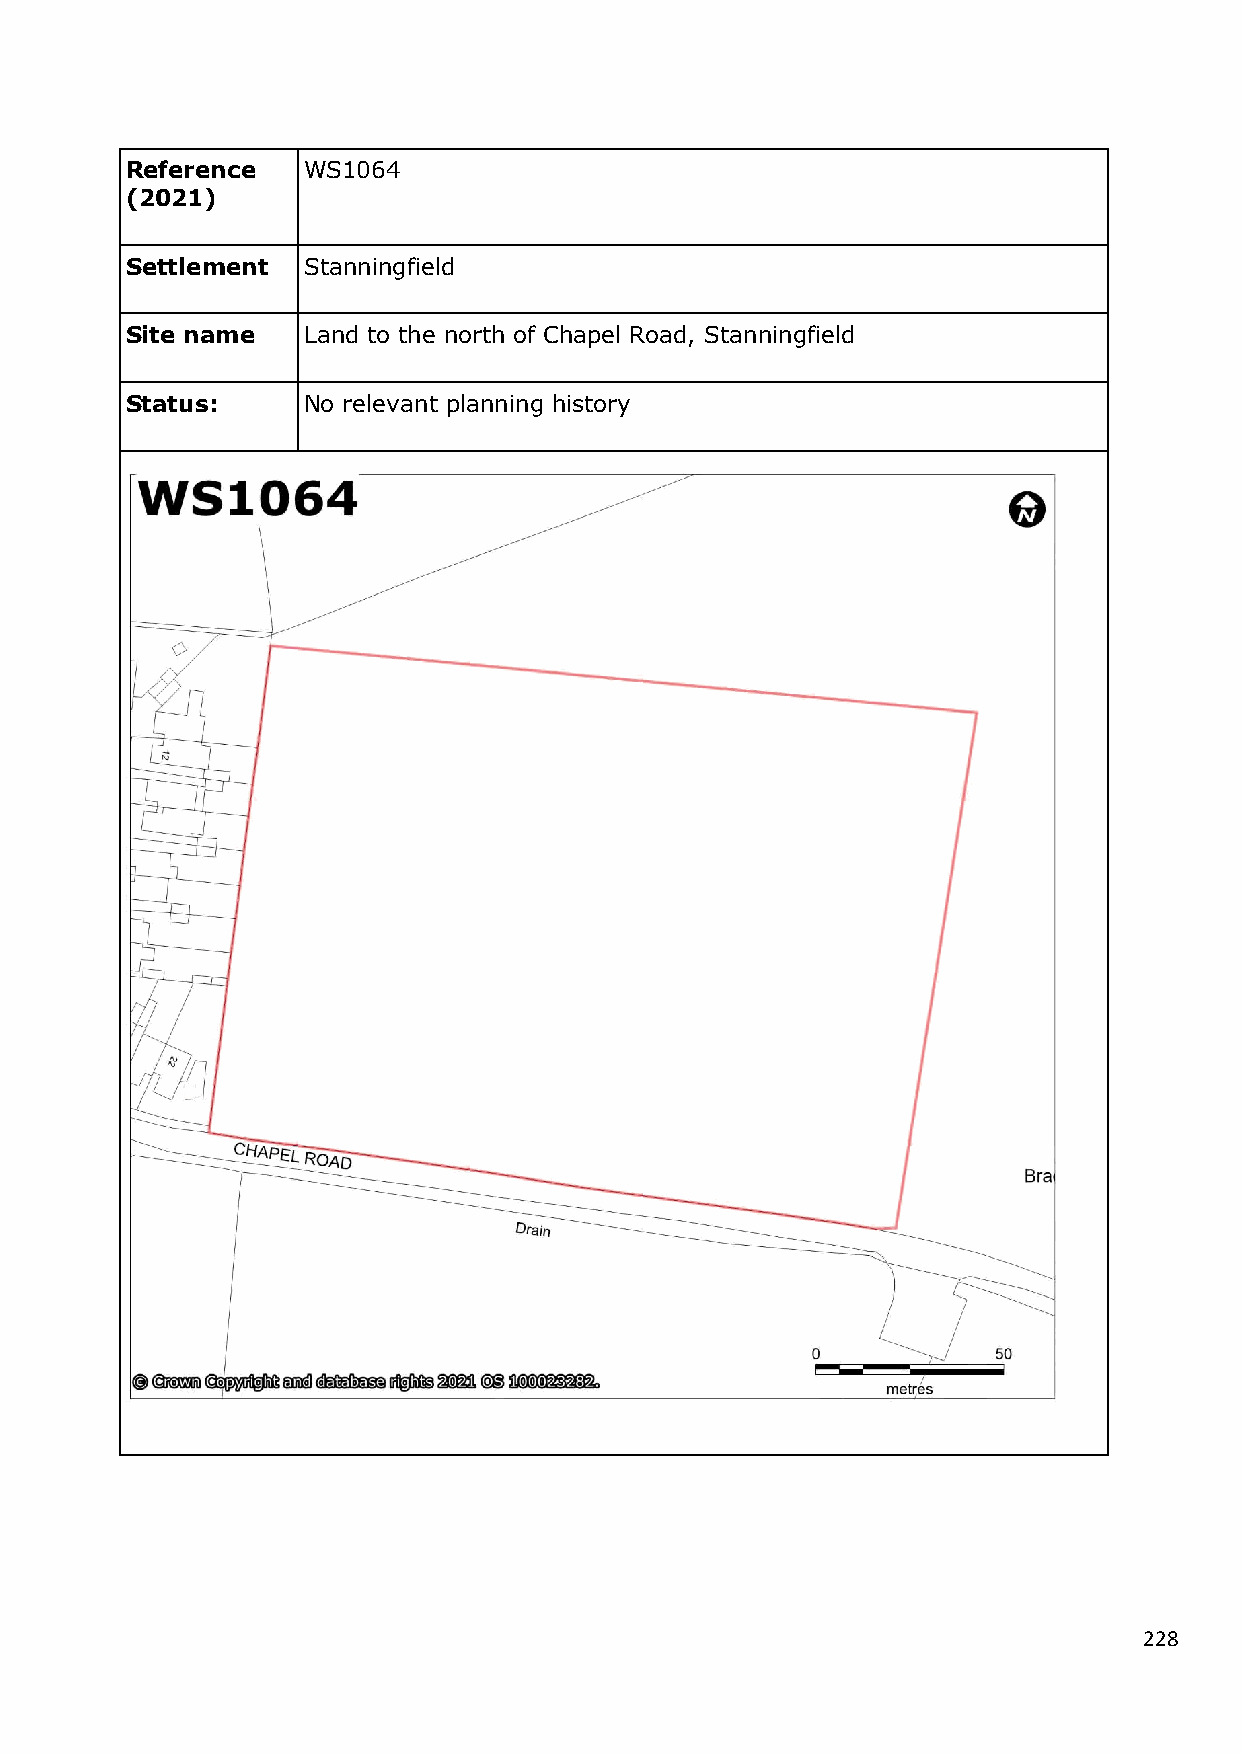
Reference   WS1064
 (2021)
 Settlement  Stanningfield
 Site name   Land to the north of Chapel Road, Stanningfield
 Status:     No relevant planning history
 228